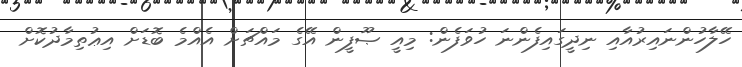
ހޭލާހުންނައިރުއާއި ނިދީގައިފެންނަ ހުވަފެން: މިއީ ޞޫފީން އޭގެ މައްޗަށް އެއްމެ ބޮޑަށް އިޢުތިމާދުކޮށް